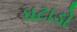
ઘટાડો